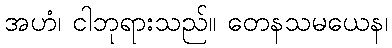
အဟံ၊ ငါဘုရားသည်။ တေနသမယေန၊